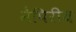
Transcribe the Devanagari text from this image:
नेपिरीय